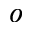
o